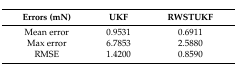
<table><thead><tr><td><b>Errors (mN)</b></td><td><b>UKF</b></td><td><b>RWSTUKF</b></td></tr></thead><tbody><tr><td>Mean error</td><td>0.9531</td><td>0.6911</td></tr><tr><td>Max error</td><td>6.7853</td><td>2.5880</td></tr><tr><td>RMSE</td><td>1.4200</td><td>0.8590</td></tr></tbody></table>